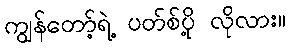
ကျွန်တော့်ရဲ့ ပတ်စ်ပို့ လိုလား။